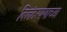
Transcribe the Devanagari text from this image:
बिलंदरपणाच्या